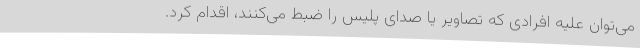
می‌توان علیه افرادی که تصاویر یا صدای پلیس را ضبط می‌کنند، اقدام کرد.